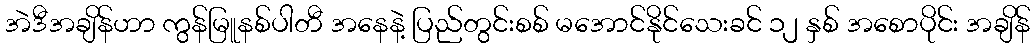
အဲဒီအချိန်ဟာ ကွန်မြူနစ်ပါတီ အနေနဲ့ ပြည်တွင်းစစ် မအောင်နိုင်သေးခင် ၁၂ နှစ် အစောပိုင်း အချိန်